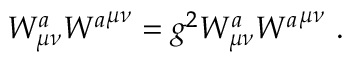
{ { \cal W } _ { \mu \nu } ^ { a } } { { \cal W } ^ { a } } ^ { \mu \nu } = g ^ { 2 } W _ { \mu \nu } ^ { a } { { W ^ { a } } ^ { \mu \nu } } \, \, .